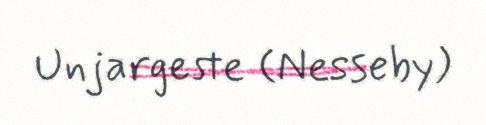
Unjargeste (Nesseby)